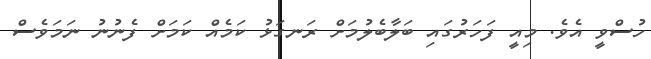
ހުސްވީ އެވެ. މިއީ ފަހަރުގައި ބަލާބެލުމަށް ރަނގަޅު ކަމެއް ކަމަށް ފެނުނު ނަމަވެސް